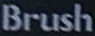
Brush